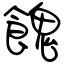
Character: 餽